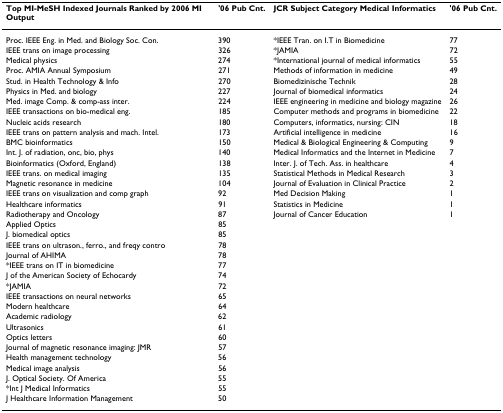
| Top MI-MeSH Indexed Journals Ranked by 2006 MI Output | '06 Pub Cnt. | JCR Subject Category Medical Informatics | '06 Pub Cnt. |
 | --- | --- | --- | --- |
 | Proc. IEEE Eng. in Med. and Biology Soc. Con. | 390 | *IEEE Tran. on I.T in Biomedicine | 77 |
 | IEEE trans on image processing | 326 | *JAMIA | 72 |
 | Medical physics | 274 | *International journal of medical informatics | 55 |
 | Proc. AMIA Annual Symposium | 271 | Methods of information in medicine | 49 |
 | Stud. in Health Technology & Info | 270 | Biomedizinische Technik | 28 |
 | Physics in Med. and biology | 227 | Journal of biomedical informatics | 24 |
 | Med. image Comp. & comp-ass inter. | 224 | IEEE engineering in medicine and biology magazine | 26 |
 | IEEE transactions on bio-medical eng. | 185 | Computer methods and programs in biomedicine | 22 |
 | Nucleic acids research | 180 | Computers, informatics, nursing: CIN | 18 |
 | IEEE trans on pattern analysis and mach. Intel. | 173 | Artificial intelligence in medicine | 16 |
 | BMC bioinformatics | 150 | Medical & Biological Engineering & Computing | 9 |
 | Int. J. of radiation, onc, bio, phys | 140 | Medical Informatics and the Internet in Medicine | 7 |
 | Bioinformatics (Oxford, England) | 138 | Inter. J. of Tech. Ass. in healthcare | 4 |
 | IEEE trans. on medical imaging | 135 | Statistical Methods in Medical Research | 3 |
 | Magnetic resonance in medicine | 104 | Journal of Evaluation in Clinical Practice | 2 |
 | IEEE trans on visualization and comp graph | 92 | Med Decision Making | 1 |
 | Healthcare informatics | 91 | Statistics in Medicine | 1 |
 | Radiotherapy and Oncology | 87 | Journal of Cancer Education | 1 |
 | Applied Optics | 85 |  |  |
 | J. biomedical optics | 85 |  |  |
 | IEEE trans on ultrason., ferro., and freqy contro | 78 |  |  |
 | Journal of AHIMA | 78 |  |  |
 | *IEEE trans on IT in biomedicine | 77 |  |  |
 | J of the American Society of Echocardy | 74 |  |  |
 | *JAMIA | 72 |  |  |
 | IEEE transactions on neural networks | 65 |  |  |
 | Modern healthcare | 64 |  |  |
 | Academic radiology | 62 |  |  |
 | Ultrasonics | 61 |  |  |
 | Optics letters | 60 |  |  |
 | Journal of magnetic resonance imaging: JMR | 57 |  |  |
 | Health management technology | 56 |  |  |
 | Medical image analysis | 56 |  |  |
 | J. Optical Society. Of America | 55 |  |  |
 | *Int J Medical Informatics | 55 |  |  |
 | J Healthcare Information Management | 50 |  |  |